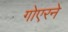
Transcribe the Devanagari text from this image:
गोएरने